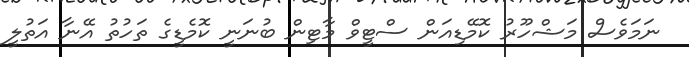
ނަމަވެސް މަޝްހޫރު ކޮމޭޑިއަން ސްޓީވް މާޓިން ބުނަނީ ކޮމެޑީގެ ތަހުތު އޭނާ އަތުލީ